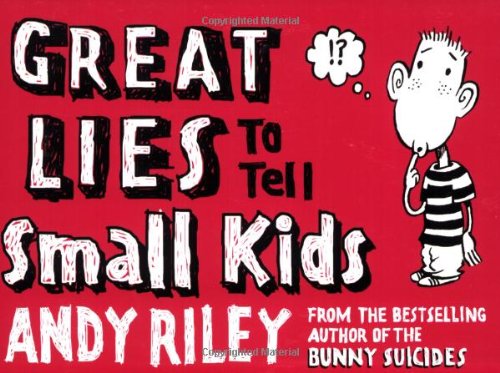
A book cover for Great Lies to Tell Small Kids; Andy Riley; Humor & Entertainment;